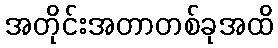
အတိုင်းအတာတစ်ခုအထိ